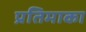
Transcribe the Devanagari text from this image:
प्रतिमाका